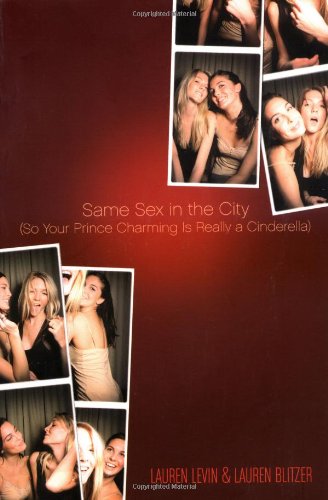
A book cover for Same Sex in the City: (So Your Prince Charming Is Really a Cinderella); Lauren Levin; Gay & Lesbian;